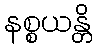
နစ္စယန္တိ